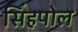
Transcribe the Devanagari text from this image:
सिंहपोल